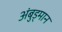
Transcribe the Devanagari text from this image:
अंबुड्मान